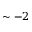
\sim - 2